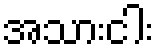
အသားငါး